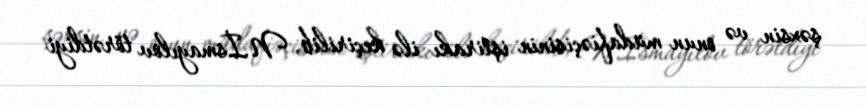
şəxsin və onun müdafiəçisinin iştirakı ilə keçirilib, N.İsmayılov törətdiyi